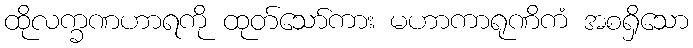
ထိုလက္ခဏဟာရကို ထုတ်သော်ကား မဟာကာရုဏိကံ အစရှိသော